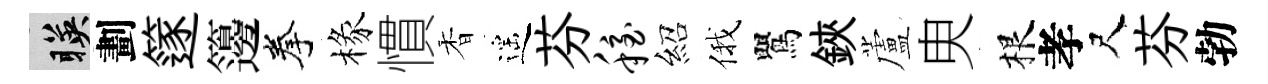
暎劃篴籩拳椽慣香遥芬稳紹俄鸎鋏蘆㬰根孝尺芬勃